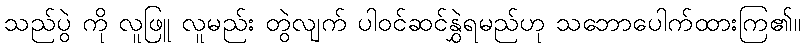
သည်ပွဲ ကို လူဖြူ လူမည်း တွဲလျက် ပါဝင်ဆင်နွှဲရမည်ဟု သဘောပေါက်ထားကြ၏။